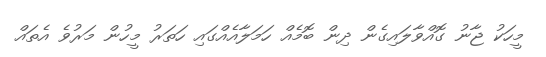
މީހަކު ޖާނު ގޮއްވާލައިގެން ދިން ބޮމެއް ހަމަލާއެއްގައި ހަތަރު މީހުން މަރުވެ އެތައް